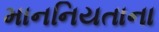
માનનિયતાના